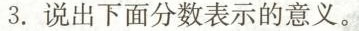
3.说出下面分数表示的意义。